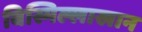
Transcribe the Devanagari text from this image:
बिस्मिल्लाखान